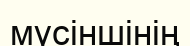
мүсіншінің